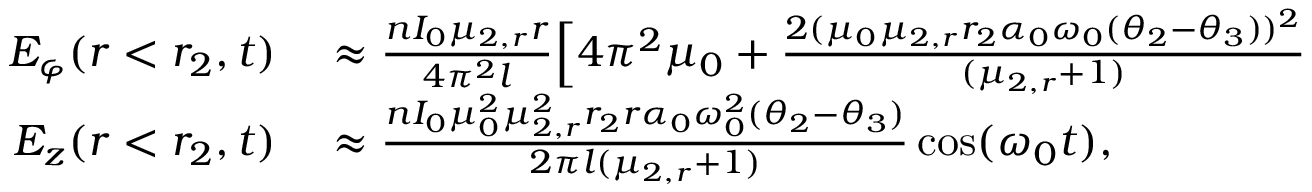
\begin{array} { r l } { E _ { \varphi } ( r < r _ { 2 } , t ) } & { { } \approx \frac { n I _ { 0 } \mu _ { 2 , r } r } { 4 \pi ^ { 2 } l } \Big [ 4 \pi ^ { 2 } \mu _ { 0 } + \frac { 2 ( \mu _ { 0 } \mu _ { 2 , r } r _ { 2 } \alpha _ { 0 } \omega _ { 0 } ( \theta _ { 2 } - \theta _ { 3 } ) ) ^ { 2 } } { ( \mu _ { 2 , r } + 1 ) } } \\ { E _ { z } ( r < r _ { 2 } , t ) } & { { } \approx \frac { n I _ { 0 } \mu _ { 0 } ^ { 2 } \mu _ { 2 , r } ^ { 2 } r _ { 2 } r \alpha _ { 0 } \omega _ { 0 } ^ { 2 } ( \theta _ { 2 } - \theta _ { 3 } ) } { 2 \pi l ( \mu _ { 2 , r } + 1 ) } \cos ( \omega _ { 0 } t ) , } \end{array}